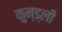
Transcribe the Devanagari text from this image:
कुन्ड्ली